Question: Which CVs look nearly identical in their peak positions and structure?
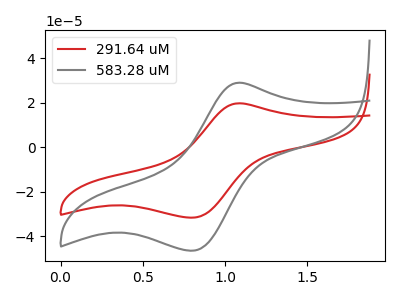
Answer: <think>The red curve "291.64 uM" has an anodic peak at (1.10V, 19.70uA) and a cathodic peak at (0.80V, -31.65uA). The gray curve "583.28 uM" has an anodic peak at (1.10V, 28.90uA) and a cathodic peak at (0.80V, -46.50uA).
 All the peaks in "291.64 uM" have a peak in "583.28 uM" at the same potential. Every peak in "291.64 uM" is lower than every peak in "583.28 uM".</think>
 <answer>"291.64 uM" and "583.28 uM" have the same shape and are likely CV's of the same chemical.</answer>
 <eval>"291.64 uM" "583.28 uM"</eval>